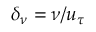
\delta _ { \nu } = \nu / u _ { \tau }